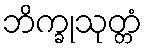
ဘိက္ခုသုတ္တံ